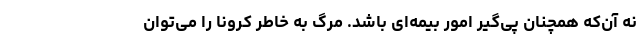
نه آن‌که همچنان پی‌گیر امور بیمه‌ای باشد. مرگ به خاطر کرونا را می‌توان